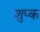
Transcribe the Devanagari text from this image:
शुप्क